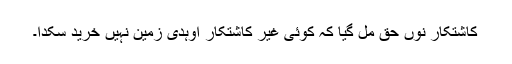
کاشتکار نوں حق مِل گیا کہ کوئی غیر کاشتکار اوہدی زمین نہیں خرید سکدا۔